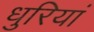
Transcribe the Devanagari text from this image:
धुरियां